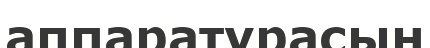
аппаратурасын